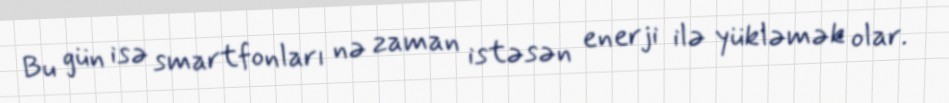
Bu gün isə smartfonları nə zaman istəsən enerji ilə yükləmək olar.